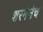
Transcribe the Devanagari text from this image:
शरमेनेच